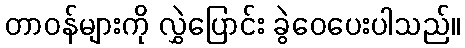
တာဝန်များကို လွှဲပြောင်း ခွဲဝေပေးပါသည်။